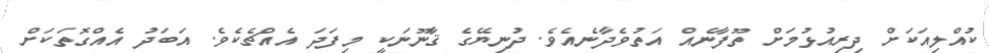
ކުއްލިއަކަށް ދިރިއުޅުމަށް ތޫފާނެއް އަތުވެދާނެއެވެ. ދުނިޔޭގެ ޤާނޫނަކީ މިފަދަ އެއްޗެކެވެ. އަބަދު އެއްގޮތަކަށް